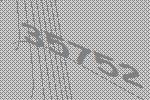
35752